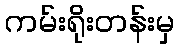
ကမ်းရိုးတန်းမှ